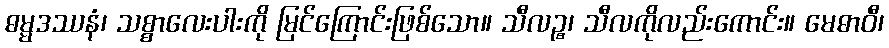
ဓမ္မဒဿနံ၊ သစ္စာလေးပါးကို မြင်ကြောင်းဖြစ်သော။ သီလဉ္စ၊ သီလကိုလည်းကောင်း။ မေဓာဝီ၊